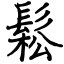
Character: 鬆